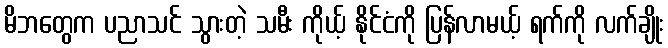
မိဘတွေက ပညာသင် သွားတဲ့ သမီး ကိုယ့် နိုင်ငံကို ပြန်လာမယ့် ရက်ကို လက်ချိုး